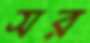
সর